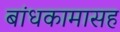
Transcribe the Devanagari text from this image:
बांधकामासह